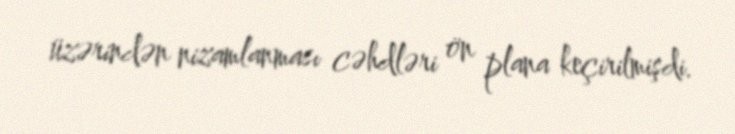
üzərindən nizamlanması cəhdləri ön plana keçirilmişdi.